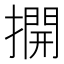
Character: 𢵱